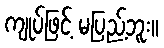
ကျုပ်ဖြင့် မပြည့်ဘူး။